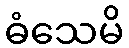
ဓံသေမိ